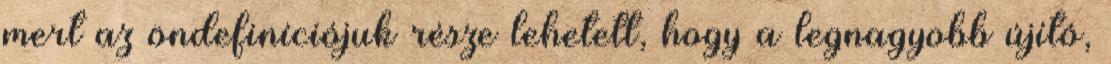
mert az öndefiníciójuk része lehetett, hogy a legnagyobb újító,